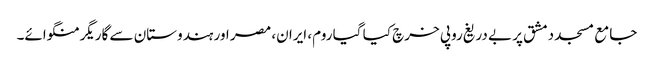
جامع مسجد دمشق پر بے دریغ روپی خرچ کیا گیا روم، ایران، مصر اور ہندوستان سے گاریگر منگوائے۔